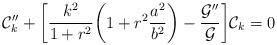
LaTeX: \begin{align*}{\cal C}_{k}'' +\biggl[ \frac{k^2}{1 + r^2} \biggl( 1 + r^2 \frac{a^2}{b^2} \biggr)-\frac{{\cal G}''}{{\cal G}}\biggr] {\cal C}_{k} = 0\end{align*}